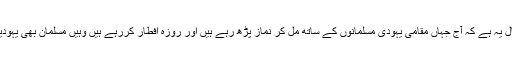
امام ہیتم یونس کہتے ہیں کہ اسکی ایک مثال یہ ہے کہ آج جہاں مقامی یہودی مسلمانوں کے ساتھ مل کر نماز پڑھ رہے ہیں اور روزہ افطار کررہے ہیں وہیں مسلمان بھی یہودیوں کے ساتھ مل کر یوم سبت منائیں گے ۔